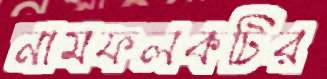
নামফলকটির